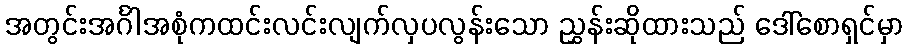
အတွင်းအင်္ဂါအစုံကထင်းလင်းလျက်လှပလွန်းသော ညွှန်းဆိုထားသည် ဒေါ်စောရှင်မှာ